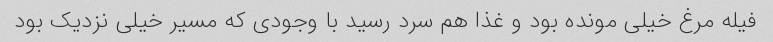
فیله مرغ خیلی مونده بود و غذا هم سرد رسید با وجودی که مسیر خیلی نزدیک بود